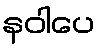
နဝါပေ